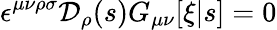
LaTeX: \epsilon^{\mu\nu\rho\sigma}{\cal D}_{\rho}(s)G_{\mu\nu}[\xi|s]=0